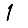
Digit: 1